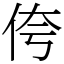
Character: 侉